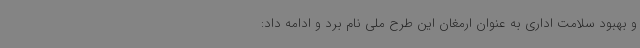
و بهبود سلامت اداری به عنوان ارمغان این طرح ملی نام برد و ادامه داد: